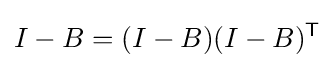
I-B=(I-B)(I-B)^{\mathsf {T}}